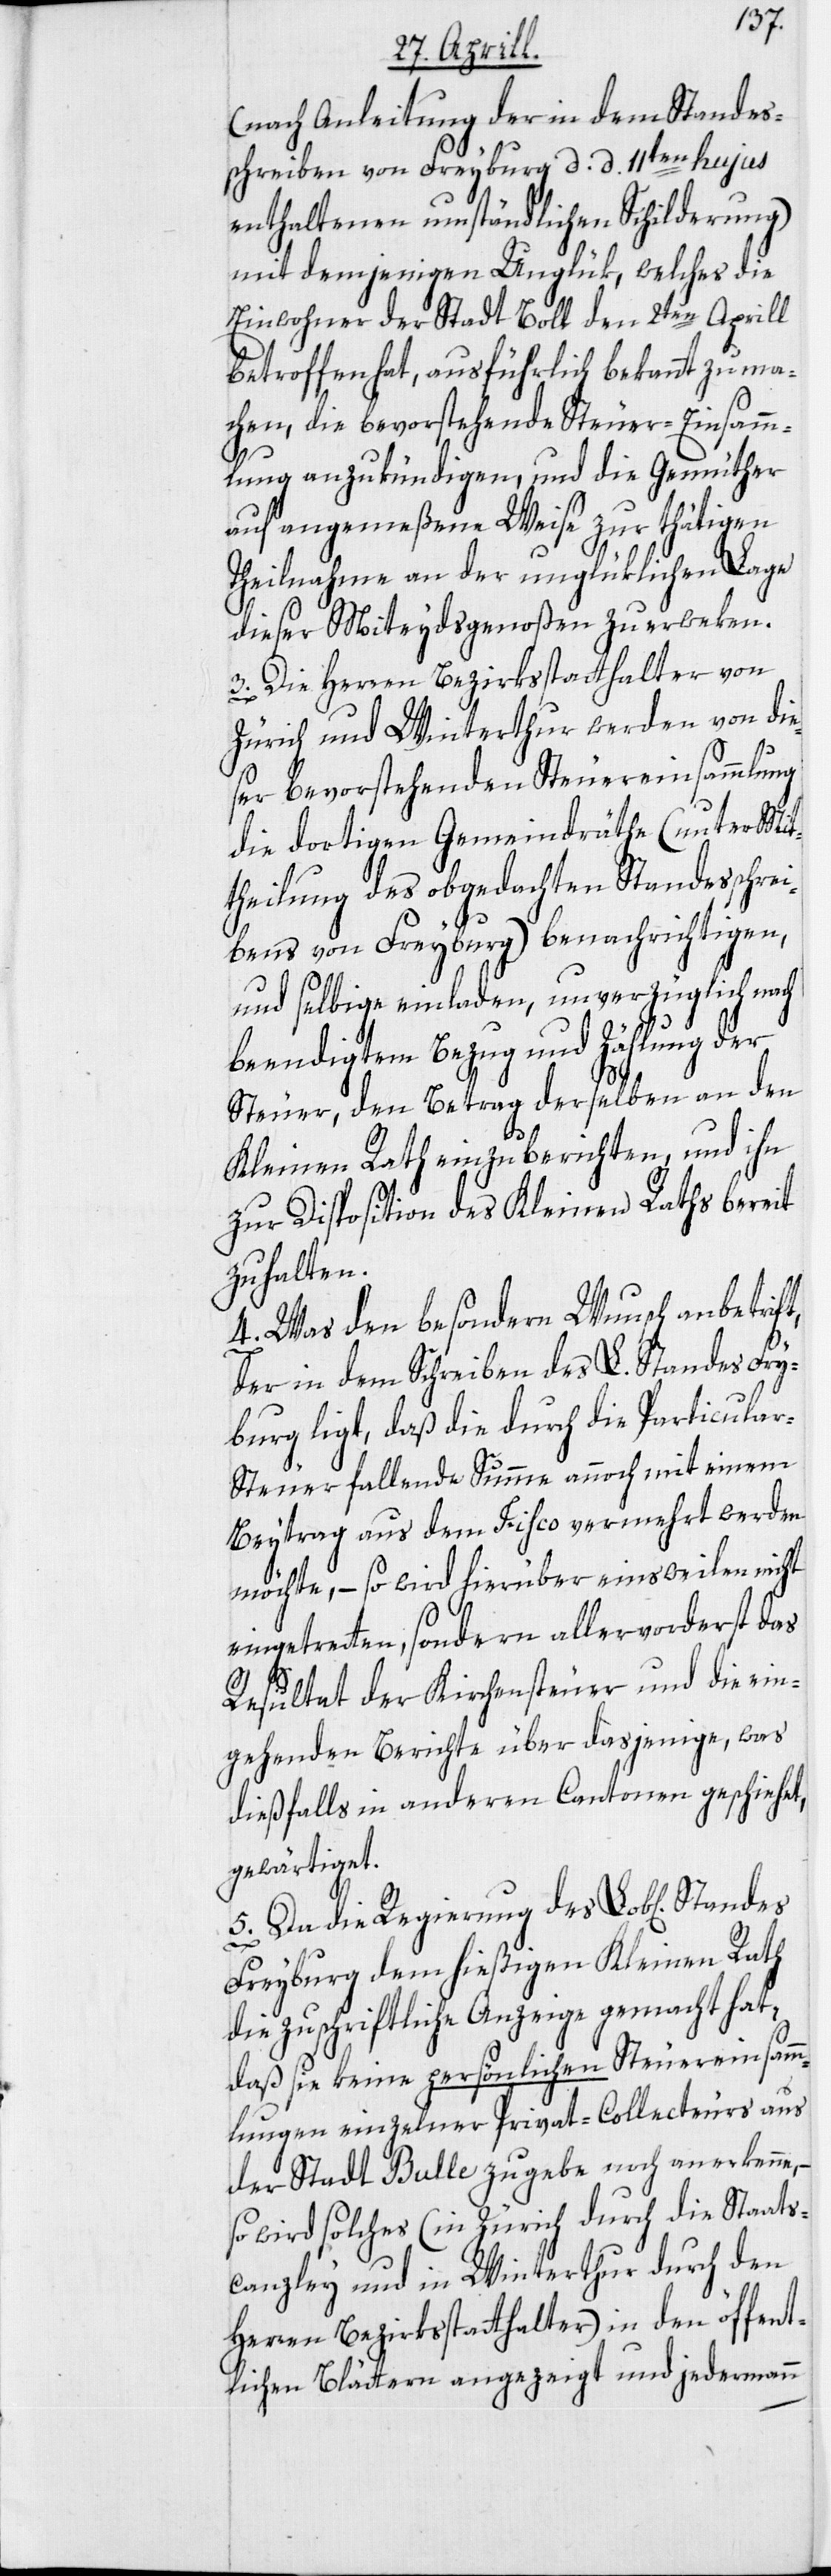
(nach Anleitung der in dem Standes¬
schreiben von Freyburg d. d. 11ten hujus
enthaltenen umständlichen Schilderung)
mit demjenigen Unglük, welches die
Einwohner der Stadt Boll den 2ten Aprill
betroffen hat, ausführlich bekannt zu ma¬
chen, die bevorstehende Steuer-Einsamm¬
lung anzukündigen, und die Gemüther
auf angemeßene Weise zur thätigen
Theilnahme an der unglüklichen Lage
dieser Miteydsgenoßen zu erweken.
3. Die Herren Bezirksstatthalter von
Zürich und Winterthur werden von die¬
ser bevorstehenden Steuereinsammlung
die dortigen Gemeindräthe (unter Mit¬
theilung des obgedachten Standesschrei¬
bens von Freyburg) benachrichtigen,
und selbige einladen, unverzüglich nach
beendigtem Bezug und Zählung der
Steuer, den Betrag derselben an den
Kleinen Rath einzuberichten, und ihn
zur Disposition des Kleinen Raths bereit
zu halten.
4. Was den besondern Wunsch anbetrift,
der in dem Schreiben des L. Standes Fry¬
burg ligt, daß die durch die Particula¬
r-Steuer fallende Summe annoch mit einem
Beytrag aus dem Fisco vermehrt werden
möchte, – so wird hierüber einsweilen nicht
eingetretten, sondern allervorderst das
Resultat der Kirchensteuer und die ein¬
gehenden Berichte über dasjenige, was
dießfalls in anderen Cantonen geschiehet,
gewärtiget.
5. Da die Regierung des Lob[lichen]
Freyburg dem hießigen Kleinen Rath
die zuschriftliche Anzeige gemacht hat,
daß sie keine persönlichen Steuereinsamm¬
lungen einzelner Privat-Collecteurs aus
der Stadt Bulle zugebe noch anerkenne,
so wird solches (in Zürich durch die Staats¬
canzley und in Winterthur durch den
Herren Bezirksstatthalter) in den öffent¬
lichen Blättern angezeigt und jedermann